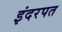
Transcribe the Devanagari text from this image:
इंदरपत